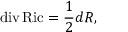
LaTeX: \operatorname { d i v } \operatorname { R i c } = { \frac { 1 } { 2 } } d R ,